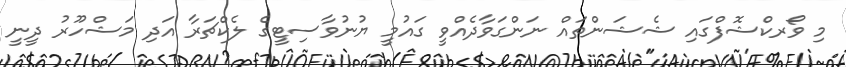
މި ވޯރކްޝޮފްގައި ޝެޝަންތައް ނަންގަވާދެއްވީ ގައުމީ ޔުނުވާސިޓީގެ ލެކްޗަރާ އަދި މަޝްހޫރު ދީނީ